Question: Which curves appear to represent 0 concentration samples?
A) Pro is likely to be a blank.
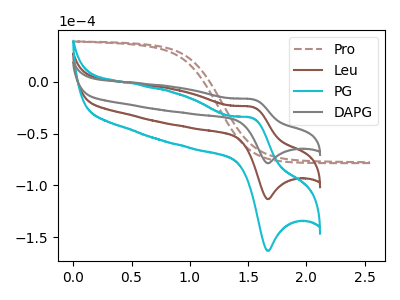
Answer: <think>The brown dashed curve "Pro" has no peaks. The brown curve "Leu" has an anodic peak at (1.55V, -24.35uA) and a cathodic peak at (1.70V, -113.30uA). The cyan curve "PG" has an anodic peak at (1.55V, -48.70uA) and a cathodic peak at (1.70V, -226.65uA). The gray curve "DAPG" has an anodic peak at (1.55V, -16.90uA) and a cathodic peak at (1.70V, -78.65uA).</think>
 <answer>A) "Pro" is likely to be a blank.</answer>
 <eval>A</eval>